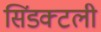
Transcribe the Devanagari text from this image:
सिंडक्टली